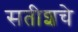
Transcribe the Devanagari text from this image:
सतीशचे